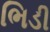
ભિડી